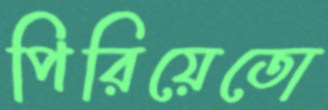
পিরিয়েতো